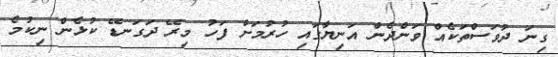
ގިނަ ދުވަސްތަކެއް ވަންދެން އަނިޔާގައި ހުރުމަށް ފަހު މިރޭ ދަގަނޑޭ ކުޅެން ނިކުމެ